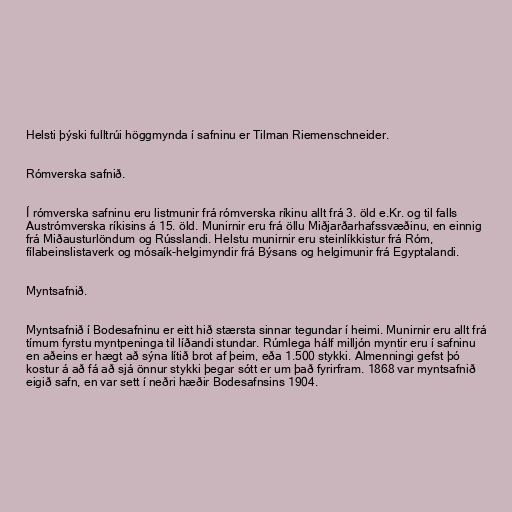
Helsti þýski fulltrúi höggmynda í safninu er Tilman Riemenschneider.

Rómverska safnið.

Í rómverska safninu eru listmunir frá rómverska ríkinu allt frá 3. öld e.Kr. og til falls
Austrómverska ríkisins á 15. öld. Munirnir eru frá öllu Miðjarðarhafssvæðinu, en einnig
frá Miðausturlöndum og Rússlandi. Helstu munirnir eru steinlíkkistur frá Róm,
fílabeinslistaverk og mósaík-helgimyndir frá Býsans og helgimunir frá Egyptalandi.

Myntsafnið.

Myntsafnið í Bodesafninu er eitt hið stærsta sinnar tegundar í heimi. Munirnir eru allt frá
tímum fyrstu myntpeninga til líðandi stundar. Rúmlega hálf milljón myntir eru í safninu
en aðeins er hægt að sýna lítið brot af þeim, eða 1.500 stykki. Almenningi gefst þó
kostur á að fá að sjá önnur stykki þegar sótt er um það fyrirfram. 1868 var myntsafnið
eigið safn, en var sett í neðri hæðir Bodesafnsins 1904.